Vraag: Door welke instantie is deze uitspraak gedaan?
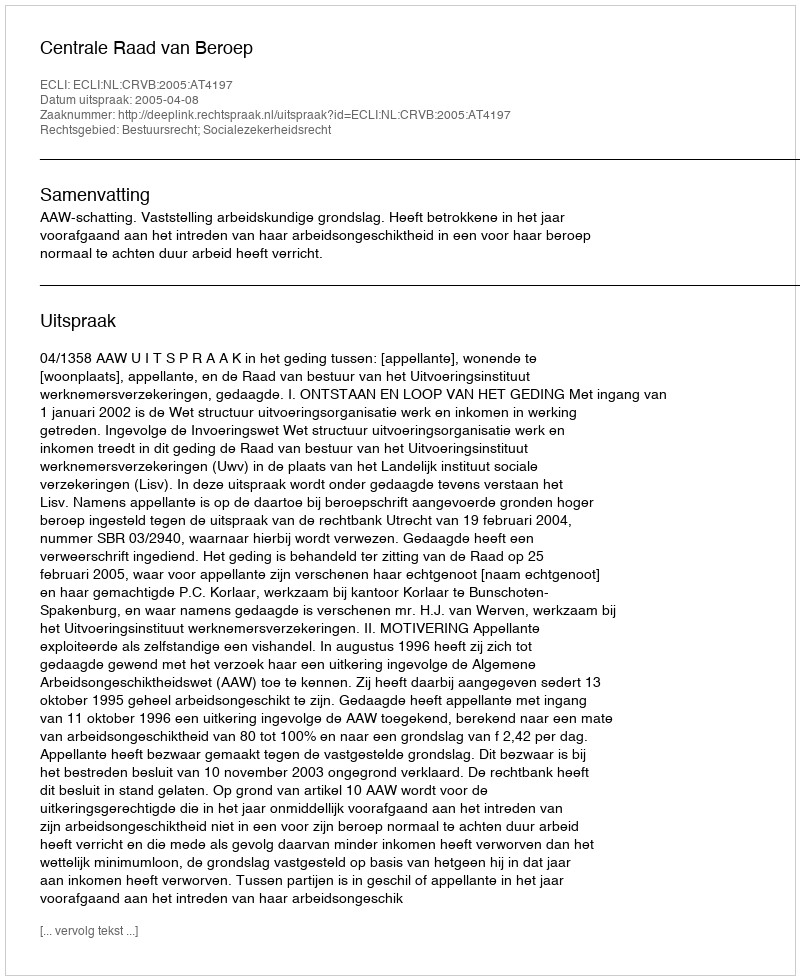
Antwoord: Centrale Raad van Beroep